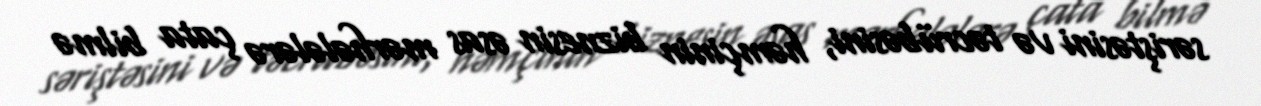
səriştəsini və təcrübəsini, həmçinin biznesin əsas mərhələlərə çata bilmə